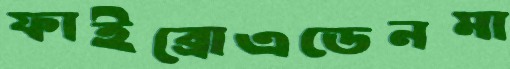
ফাইব্রোএডেনমা